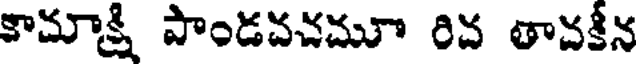
కామాక్షి పాండవవమూ రివ తావకీన